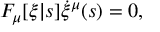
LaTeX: F _ { \mu } [ \xi | s ] \dot { \xi } ^ { \mu } ( s ) = 0 ,